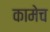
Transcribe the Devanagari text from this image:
कामेच